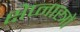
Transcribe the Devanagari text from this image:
क्षेप्नास्त्रों